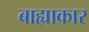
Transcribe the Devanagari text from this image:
बाह्याकार